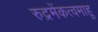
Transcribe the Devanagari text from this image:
रुद्रमेंकत्वमाहु